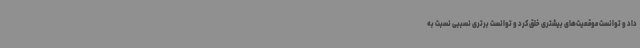
داد و توانست موقعیت‌های بیشتری خلق کرد و توانست برتری نسببی نسبت به